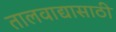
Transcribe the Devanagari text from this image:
तालवाद्यासाठी